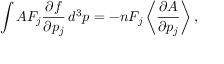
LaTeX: \int A F _ { j } { \frac { \partial f } { \partial p _ { j } } } \, d ^ { 3 } p = - n F _ { j } \left\langle { \frac { \partial A } { \partial p _ { j } } } \right\rangle ,